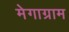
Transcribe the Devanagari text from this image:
मेगाग्राम